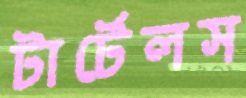
টার্টেলস